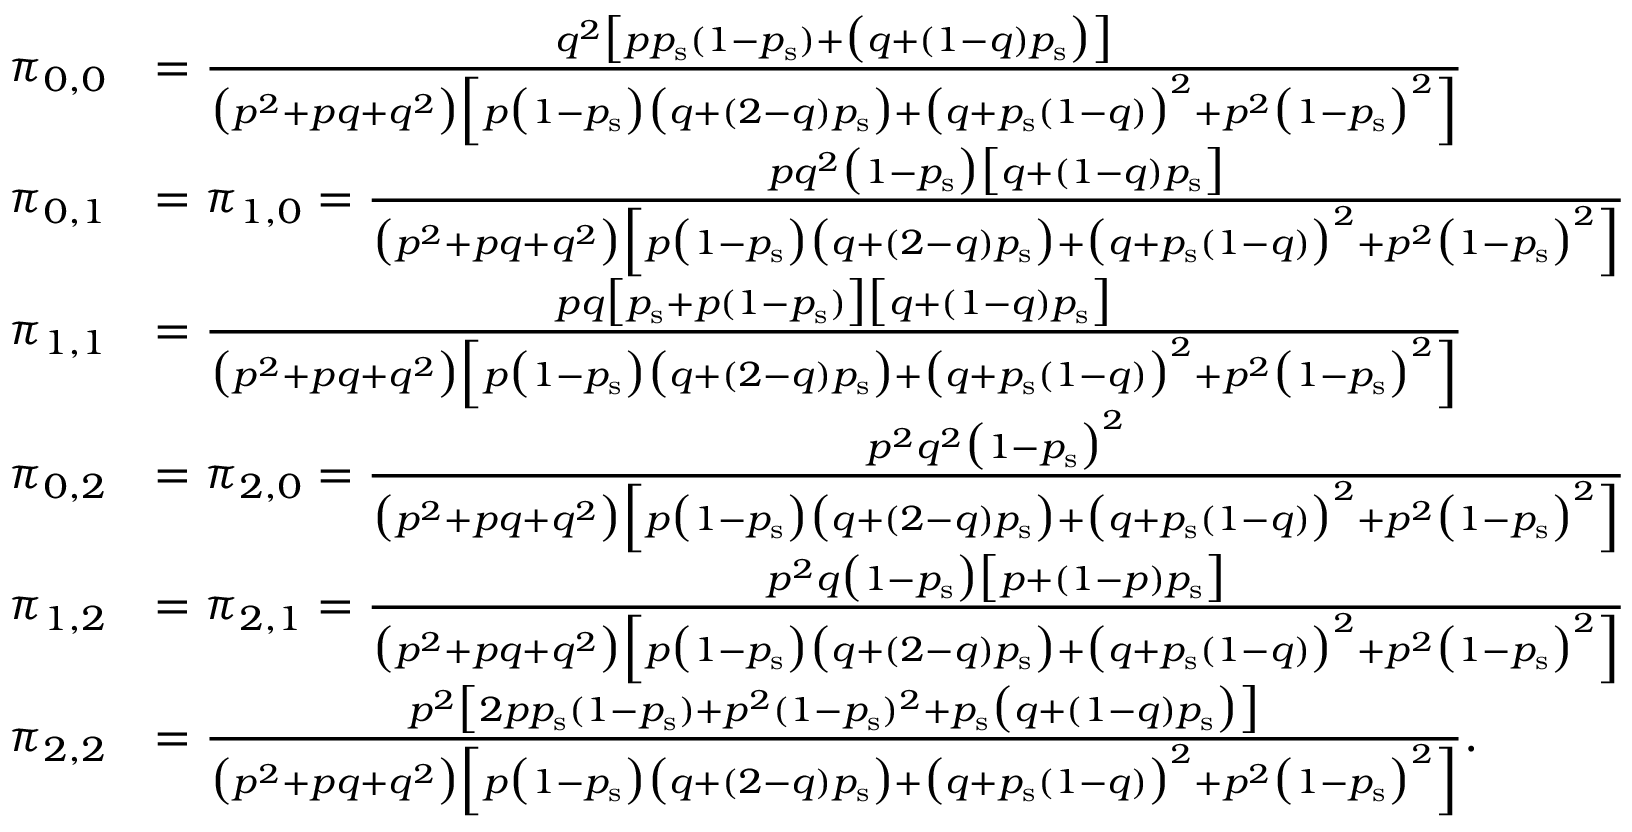
\begin{array} { r l } { \pi _ { 0 , 0 } } & { = \frac { q ^ { 2 } \big [ p p _ { \mathrm { s } } ( 1 - p _ { \mathrm { s } } ) + \big ( q + ( 1 - q ) p _ { \mathrm { s } } \big ) \big ] } { \big ( p ^ { 2 } + p q + q ^ { 2 } \big ) \Big [ p \big ( 1 - p _ { \mathrm { s } } \big ) \big ( q + ( 2 - q ) p _ { \mathrm { s } } \big ) + \big ( q + p _ { \mathrm { s } } ( 1 - q ) \big ) ^ { 2 } + p ^ { 2 } \big ( 1 - p _ { \mathrm { s } } \big ) ^ { 2 } \Big ] } } \\ { \pi _ { 0 , 1 } } & { = \pi _ { 1 , 0 } = \frac { p q ^ { 2 } \big ( 1 - p _ { \mathrm { s } } \big ) \big [ q + ( 1 - q ) p _ { \mathrm { s } } \big ] } { \big ( p ^ { 2 } + p q + q ^ { 2 } \big ) \Big [ p \big ( 1 - p _ { \mathrm { s } } \big ) \big ( q + ( 2 - q ) p _ { \mathrm { s } } \big ) + \big ( q + p _ { \mathrm { s } } ( 1 - q ) \big ) ^ { 2 } + p ^ { 2 } \big ( 1 - p _ { \mathrm { s } } \big ) ^ { 2 } \Big ] } } \\ { \pi _ { 1 , 1 } } & { = \frac { p q \big [ p _ { \mathrm { s } } + p ( 1 - p _ { \mathrm { s } } ) \big ] \big [ q + ( 1 - q ) p _ { \mathrm { s } } \big ] } { \big ( p ^ { 2 } + p q + q ^ { 2 } \big ) \Big [ p \big ( 1 - p _ { \mathrm { s } } \big ) \big ( q + ( 2 - q ) p _ { \mathrm { s } } \big ) + \big ( q + p _ { \mathrm { s } } ( 1 - q ) \big ) ^ { 2 } + p ^ { 2 } \big ( 1 - p _ { \mathrm { s } } \big ) ^ { 2 } \Big ] } } \\ { \pi _ { 0 , 2 } } & { = \pi _ { 2 , 0 } = \frac { p ^ { 2 } q ^ { 2 } \big ( 1 - p _ { \mathrm { s } } \big ) ^ { 2 } } { \big ( p ^ { 2 } + p q + q ^ { 2 } \big ) \Big [ p \big ( 1 - p _ { \mathrm { s } } \big ) \big ( q + ( 2 - q ) p _ { \mathrm { s } } \big ) + \big ( q + p _ { \mathrm { s } } ( 1 - q ) \big ) ^ { 2 } + p ^ { 2 } \big ( 1 - p _ { \mathrm { s } } \big ) ^ { 2 } \Big ] } } \\ { \pi _ { 1 , 2 } } & { = \pi _ { 2 , 1 } = \frac { p ^ { 2 } q \big ( 1 - p _ { \mathrm { s } } \big ) \big [ p + ( 1 - p ) p _ { \mathrm { s } } \big ] } { \big ( p ^ { 2 } + p q + q ^ { 2 } \big ) \Big [ p \big ( 1 - p _ { \mathrm { s } } \big ) \big ( q + ( 2 - q ) p _ { \mathrm { s } } \big ) + \big ( q + p _ { \mathrm { s } } ( 1 - q ) \big ) ^ { 2 } + p ^ { 2 } \big ( 1 - p _ { \mathrm { s } } \big ) ^ { 2 } \Big ] } } \\ { \pi _ { 2 , 2 } } & { = \frac { p ^ { 2 } \big [ 2 p p _ { \mathrm { s } } ( 1 - p _ { \mathrm { s } } ) + p ^ { 2 } ( 1 - p _ { \mathrm { s } } ) ^ { 2 } + p _ { \mathrm { s } } \big ( q + ( 1 - q ) p _ { \mathrm { s } } \big ) \big ] } { \big ( p ^ { 2 } + p q + q ^ { 2 } \big ) \Big [ p \big ( 1 - p _ { \mathrm { s } } \big ) \big ( q + ( 2 - q ) p _ { \mathrm { s } } \big ) + \big ( q + p _ { \mathrm { s } } ( 1 - q ) \big ) ^ { 2 } + p ^ { 2 } \big ( 1 - p _ { \mathrm { s } } \big ) ^ { 2 } \Big ] } . } \end{array}